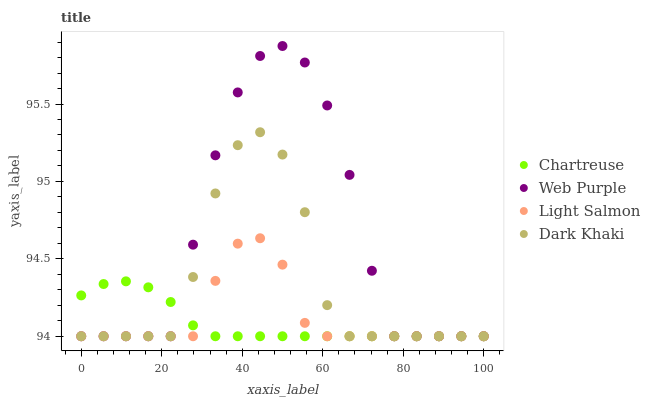
| xaxis_label | Chartreuse | Web Purple | Light Salmon | Dark Khaki |
 | --- | --- | --- | --- | --- |
 | 0 | 94.3 | 94 | 94 | 94 |
 | 5.56 | 94.3 | 94 | 94 | 94 |
 | 11.1 | 94.4 | 94 | 94 | 94 |
 | 16.7 | 94.3 | 94 | 94 | 94 |
 | 22.2 | 94.2 | 94 | 94 | 94 |
 | 27.8 | 94.1 | 94.6 | 94 | 94.4 |
 | 33.3 | 94 | 95.2 | 94.4 | 94.9 |
 | 38.9 | 94 | 95.6 | 94.6 | 95.2 |
 | 44.4 | 94 | 95.8 | 94.6 | 95.3 |
 | 50 | 94 | 95.9 | 94.5 | 95.2 |
 | 55.6 | 94 | 95.8 | 94.1 | 94.8 |
 | 61.1 | 94 | 95.5 | 94 | 94.2 |
 | 66.7 | 94 | 95 | 94 | 94 |
 | 72.2 | 94 | 94.4 | 94 | 94 |
 | 77.8 | 94 | 94 | 94 | 94 |
 | 83.3 | 94 | 94 | 94 | 94 |
 | 88.9 | 94 | 94 | 94 | 94 |
 | 94.4 | 94 | 94 | 94 | 94 |
 | 100 | 94 | 94 | 94 | 94 |